画像に写った文字を読んでください
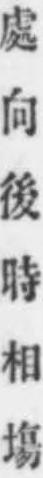
「處向後時相塲」と書いてあります